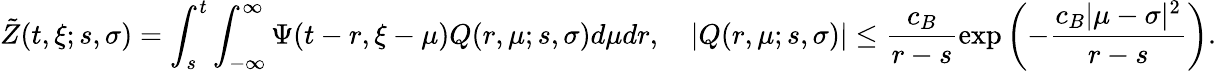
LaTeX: \tilde{Z}(t,\xi;s,\sigma)=\int_{s}^{t}\int_{-\infty}^{\infty}\Psi(t-r,\xi-\mu)Q(r,\mu;s,\sigma)d\mu dr,\quad|Q(r,\mu;s,\sigma)|\leq\frac{c_{B}}{r-s}\exp\left(-\frac{c_{B}|\mu-\sigma|^{2}}{r-s}\right).